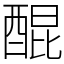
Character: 醌